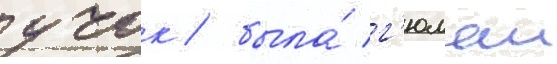
учок / была́ г'юлаи